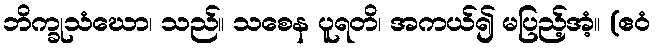
ဘိက္ခုသံဃော၊ သည်။ သစေန ပူရတိ၊ အကယ်၍ မပြည့်အံ့။ (ဧဝံ